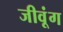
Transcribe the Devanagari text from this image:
जीवूंग